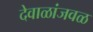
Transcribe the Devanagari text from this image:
देवाळांजवळ